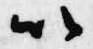
以